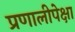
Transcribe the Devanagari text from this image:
प्रणालीपेक्षा